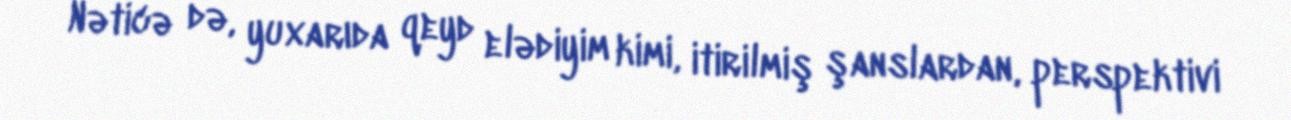
Nəticə də, yuxarıda qeyd elədiyim kimi, itirilmiş şanslardan, perspektivi